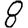
Digit: 8